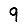
Digit: 9